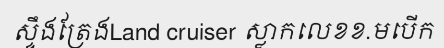
ស្ទឹងត្រែងLand cruiser ស្លាកលេខខ.មបើក